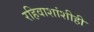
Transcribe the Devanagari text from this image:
रहिवाशांशीही